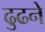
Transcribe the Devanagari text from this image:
ढुढने